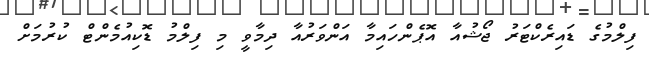
ފިލްމުގެ ޑައިރެކްޓަރު ޖޯޝުއާ އޮޕެންހައިމާ އަންވަރުއާ ދިމާވީ މި ފިލްމު ޑޮކިއުމެންޓް ކުރުމަށް